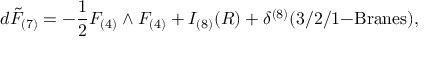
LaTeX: d \tilde { F } _ { ( 7 ) } = - \frac { 1 } { 2 } F _ { ( 4 ) } \wedge F _ { ( 4 ) } + I _ { ( 8 ) } ( R ) + \delta ^ { ( 8 ) } ( 3 / 2 / 1 \mathrm { - B r a n e s } ) ,